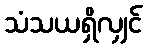
သံသယရှိလျှင်